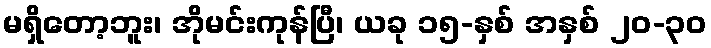
မရှိတော့ဘူး၊ အိုမင်းကုန်ပြီ၊ ယခု ၁၅-နှစ် အနှစ် ၂၀-၃၀